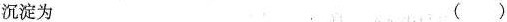
沉淀为 ( )